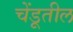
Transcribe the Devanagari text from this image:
चेंडूतील